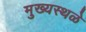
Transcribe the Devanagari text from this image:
मुख्यस्थळे